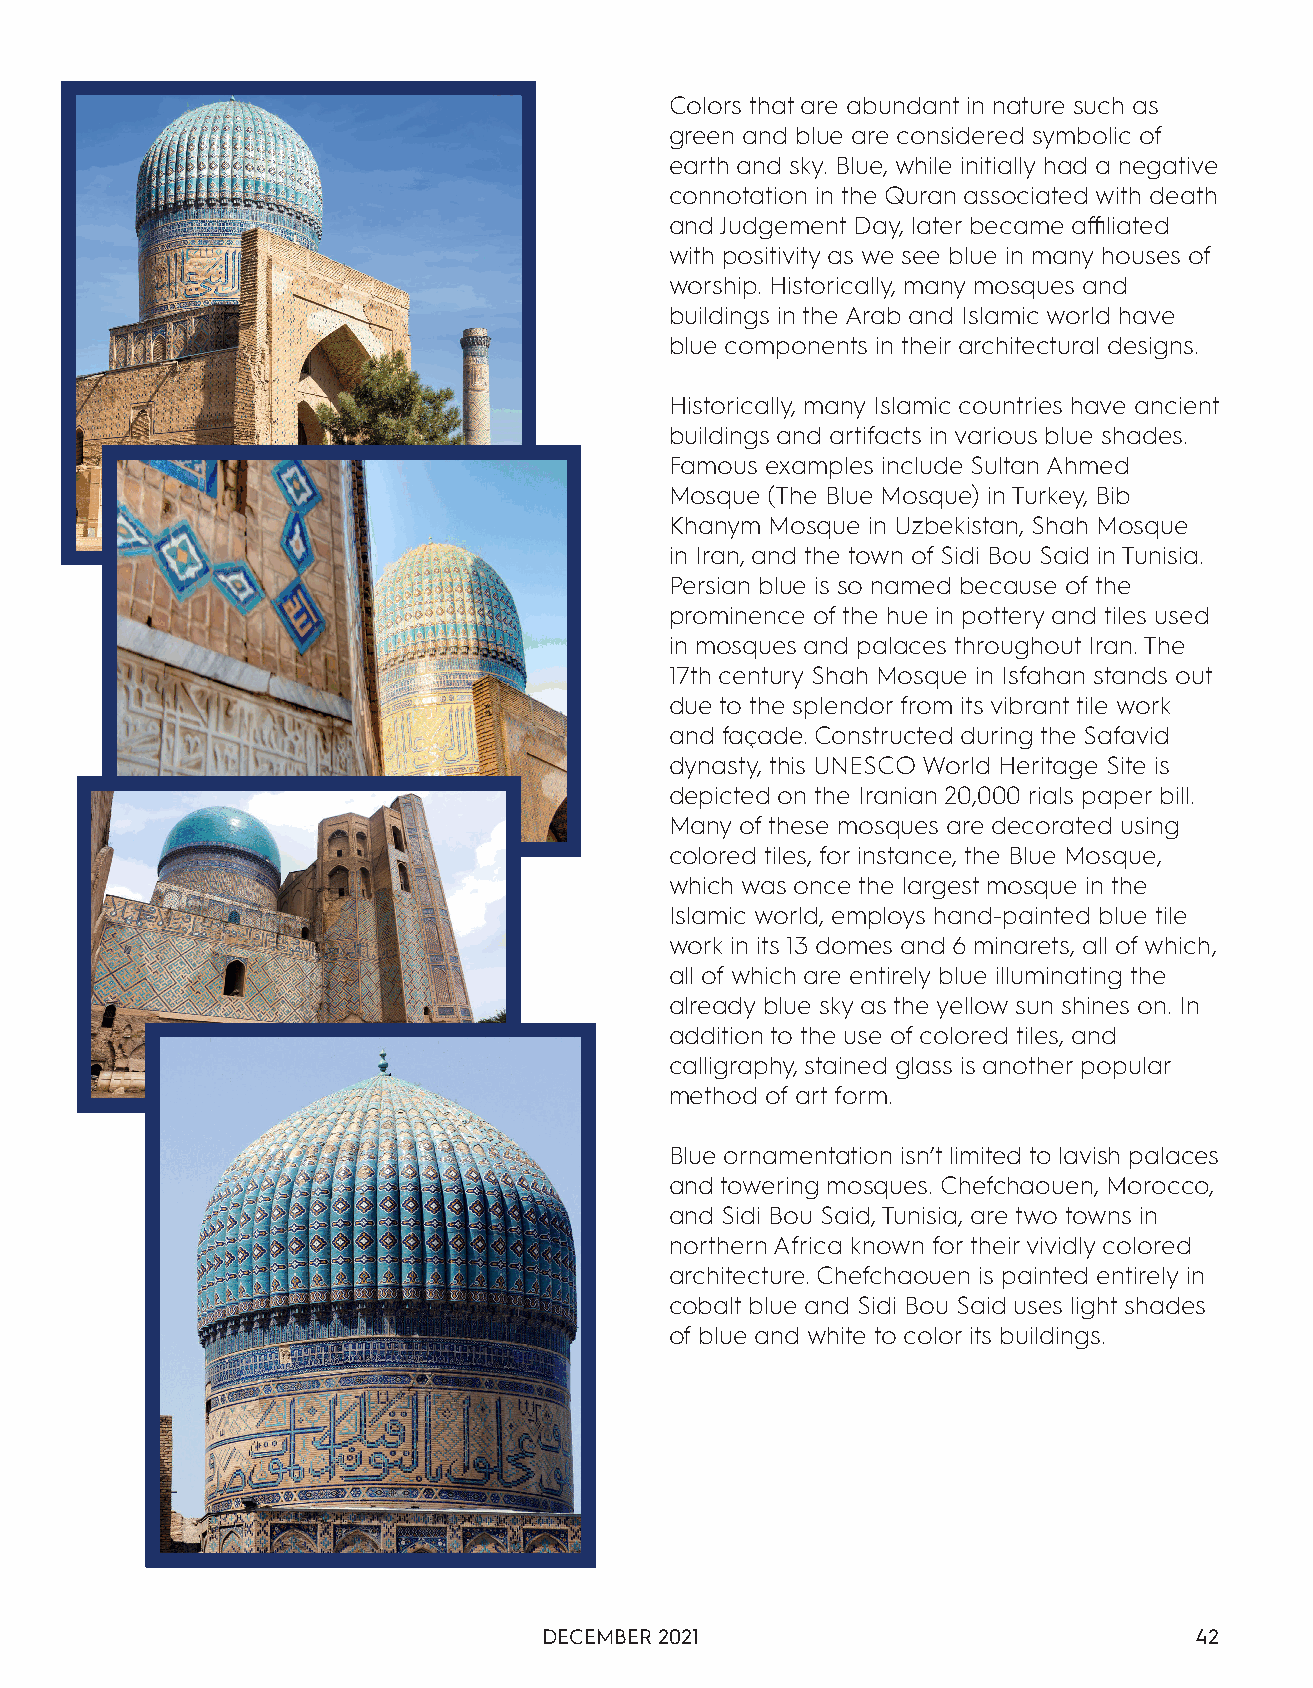
Colors that are abundant in nature such as
 green and blue are considered symbolic of
 earth and sky. Blue, while initially had a negative
 connotation in the Quran associated with death
 and Judgement Day, later became affiliated
 with positivity as we see blue in many houses of
 worship. Historically, many mosques and
 buildings in the Arab and Islamic world have
 blue components in their architectural designs.
 Historically, many Islamic countries have ancient
 buildings and artifacts in various blue shades.
 Famous examples include Sultan Ahmed
 Mosque (The Blue Mosque) in Turkey, Bib
 Khanym Mosque in Uzbekistan, Shah Mosque
 in Iran, and the town of Sidi Bou Said in Tunisia.
 Persian blue is so named because of the
 prominence of the hue in pottery and tiles used
 in mosques and palaces throughout Iran. The
 17th century Shah Mosque in Isfahan stands out
 due to the splendor from its vibrant tile work
 and façade. Constructed during the Safavid
 dynasty, this UNESCO World Heritage Site is
 depicted on the Iranian 20,000 rials paper bill.
 Many of these mosques are decorated using
 colored tiles, for instance, the Blue Mosque,
 which was once the largest mosque in the
 Islamic world, employs hand-painted blue tile
 work in its 13 domes and 6 minarets, all of which,
 all of which are entirely blue illuminating the
 already blue sky as the yellow sun shines on. In
 addition to the use of colored tiles, and
 calligraphy, stained glass is another popular
 method of art form.
 Blue ornamentation isn’t limited to lavish palaces
 and towering mosques. Chefchaouen, Morocco,
 and Sidi Bou Said, Tunisia, are two towns in
 northern Africa known for their vividly colored
 architecture. Chefchaouen is painted entirely in
 cobalt blue and Sidi Bou Said uses light shades
 of blue and white to color its buildings.
 DECEMBER 2021                              42